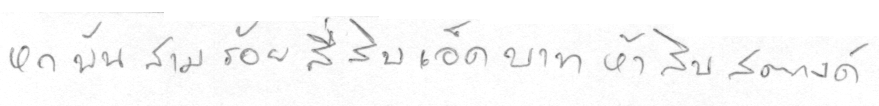
หกพันสามร้อยสี่สิบเอ็ดบาทห้าสิบสตางค์